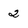
Character: 2